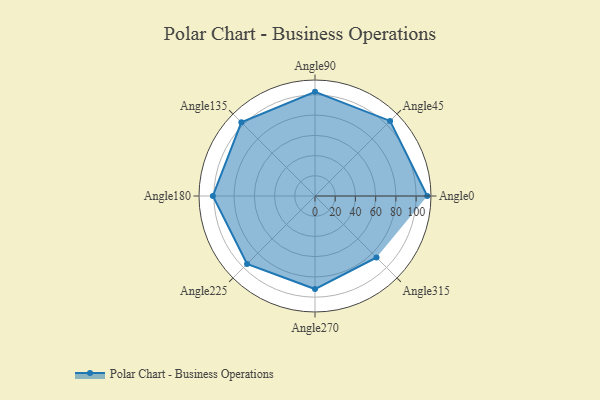
{"axis": {"x": "Angle", "y": "Radius"}, "legend": [""], "data": [{"x": "Angle0", "y": 111.0, "type": ""}, {"x": "Angle45", "y": 105.0, "type": ""}, {"x": "Angle90", "y": 103.0, "type": ""}, {"x": "Angle135", "y": 103.0, "type": ""}, {"x": "Angle180", "y": 101.0, "type": ""}, {"x": "Angle225", "y": 95.0, "type": ""}, {"x": "Angle270", "y": 92.0, "type": ""}, {"x": "Angle315", "y": 86.0, "type": ""}]}